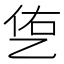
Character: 㐛